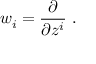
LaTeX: w _ { i } = \frac { \partial } { \partial z ^ { i } } \ .